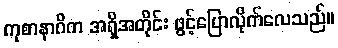
ကုစာနာဂိက အရှိအတိုင်း ဖွင့်ပြောလိုက်လေသည်။